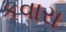
કવારા